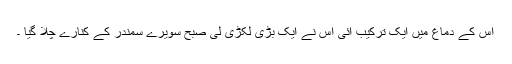
اس کے دماغ میں ایک ترکیب آئی اس نے ایک بڑی لکڑی لی صبح سویرے سمندر کے کنارے چلا گیا ۔